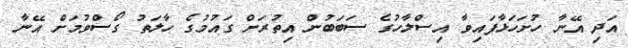
އަދި އޭނާ ހުށަހަޅާފައިވާ އިސްލާހުގެ ސަބަބުން އިތުރަށް ގައުމުގެ ހާލަތު ގޯސްވުމަށް އޭނާ